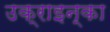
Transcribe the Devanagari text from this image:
उक्राइन्का